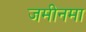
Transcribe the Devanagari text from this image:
जमीनमा